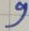
Text: 9